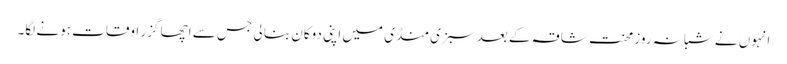
انہوں نے شبانہ روز محنتِ شاقہ کے بعد سبزی منڈی میں اپنی دوکان بنا لی جس سے اچھا گزر اوقات ہونے لگا۔